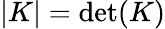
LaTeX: \left|K\right|=\operatorname*{d\mathrm{e}t}(K)